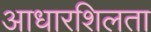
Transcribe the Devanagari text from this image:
आधारशिलता